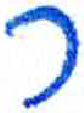
אות: ר